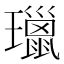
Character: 㼃